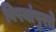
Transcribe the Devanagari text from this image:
विषयांपुरते